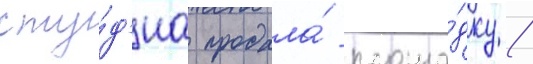
сту́д'иа продала́ площа́дку /